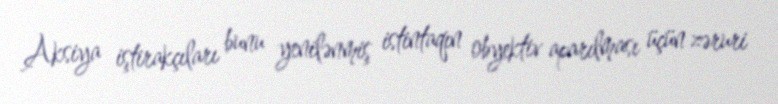
Aksiya iştirakçıları bunu yenilənmiş istintaqın obyektiv aparılması üçün zəruri